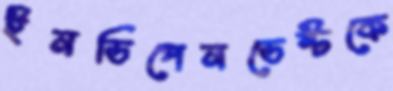
ইনডিপেনডেন্টকে